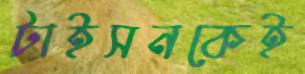
টাইসনকেই